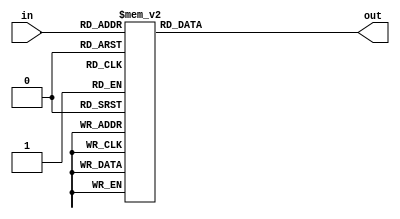
module SevenSegment(in,out);
    input [3:0] in ;
    output reg  [6:0] out ;

    always@(in)
    begin
        case(in)
        4'h 0 : out = 7'b 1000000;
        4'h 1 : out = 7'b 1111001;
        4'h 2 : out = 7'b 0100100;     
        4'h 3 : out = 7'b 0110000;     
        4'h 4 : out = 7'b 0011001;     
        4'h 5 : out = 7'b 0010010;      
        4'h 6 : out = 7'b 0000010;     
        4'h 7 : out = 7'b 1111000;     
        4'h 8 : out = 7'b 0000000;      
        4'h 9 : out = 7'b 0010000;
        4'h a : out = 7'b 0001000;
        4'h b : out = 7'b 0000011;
        4'h c : out = 7'b 1000110;
        4'h d : out = 7'b 0100001;
        4'h e : out = 7'b 0000110;
        4'h f : out = 7'b 0001110;
        endcase
    end
endmodule